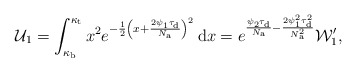
\begin{align*}\mathcal{U}_1=\int_{\kappa_{\rm b}}^{\kappa_{\rm t}}{x^2}e^{-\frac{1}{2}\left(x+\frac{2\psi_{1}\tau_{\rm d}}{N_{\rm a}}\right)^2}\,\mathrm{d} x=e^{\frac{\psi_{2}\tau_{\rm d}}{N_{\rm a}}-\frac{2\psi_{1}^2\tau_{\rm d}^2}{N_{\rm a}^2}}\mathcal{W}_1',\end{align*}